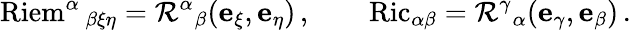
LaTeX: \operatorname{Riem}^{\alpha}{}_{\beta\xi\eta}=\mathcal{R}^{\alpha}{}_{\beta}(\mathbf{e}_{\xi},\mathbf{e}_{\eta})\, ,\qquad\operatorname{Ric}_{\alpha\beta}=\mathcal{R}^{\gamma}{}_{\alpha}(\mathbf{\mathbf{e}_{\gamma}},\mathbf{e}_{\beta})\, .